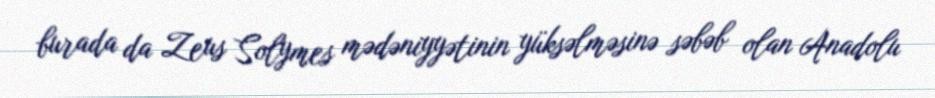
burada da Zeus Solymes mədəniyyətinin yüksəlməsinə səbəb olan Anadolu